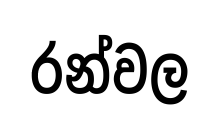
රන්වල